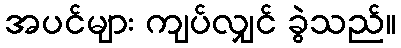
အပင်များ ကျပ်လျှင် ခွဲသည်။